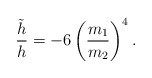
\begin{align*}\frac{\tilde{h}}{h}=-6\left(\frac{m_{1}}{m_{2}}\right)^{4}.\end{align*}